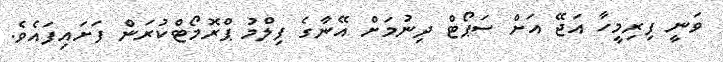
ވަނީ ފިރިމީހާ އަޖޭ އަށް ސަޕޯޓް ދިނުމަށް އޭނާގެ ފިލްމު ޕްރޮމޯޓްކުރަން ފަށައިފައެވެ.